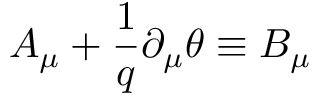
A _ { \mu } + \frac { 1 } { q } \partial _ { \mu } \theta \equiv B _ { \mu }